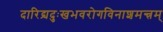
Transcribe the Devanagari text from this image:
दारिद्र्यदुःखभवरोगविनाशमन्त्रम्